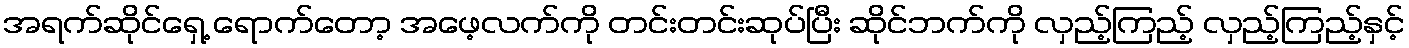
အရက်ဆိုင်ရှေ့ ရောက်တော့ အဖေ့လက်ကို တင်းတင်းဆုပ်ပြီး ဆိုင်ဘက်ကို လှည့်ကြည့် လှည့်ကြည့်နှင့်